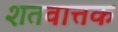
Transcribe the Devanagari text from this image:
शतवात्तक